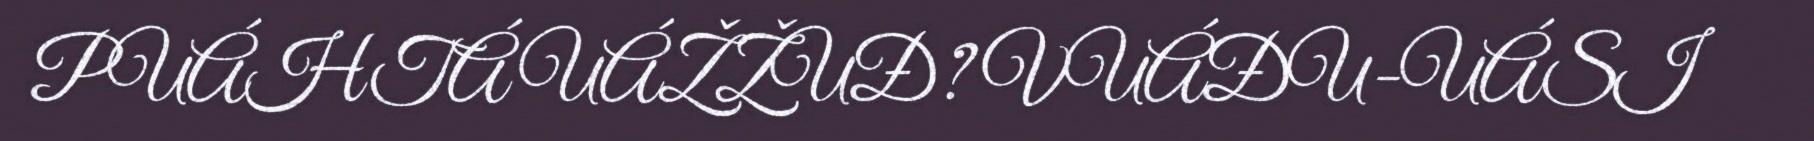
PUÁHTÁ UÁŽŽUĐ? VUÁĐU-UÁSI